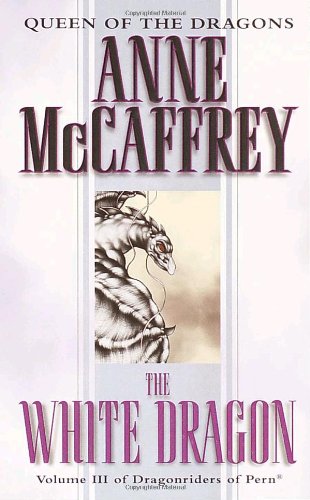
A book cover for The White Dragon (Dragonriders of Pern Vol 3); Anne McCaffrey; Science Fiction & Fantasy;